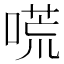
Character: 𠻄